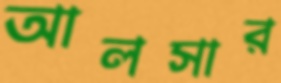
আলসার